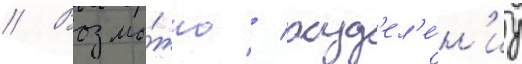
// Возмо́жно / разд'ел'е́н'иу